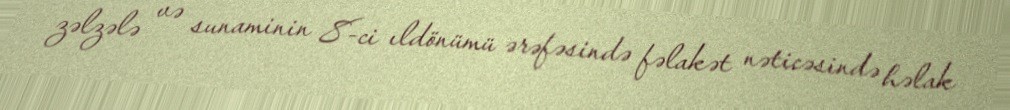
zəlzələ və sunaminin 8-ci ıldönümü ərəfəsində fəlakət nəticəsində həlak